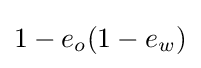
1-e_{o}(1-e_{w})